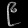
Digit: ၉